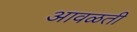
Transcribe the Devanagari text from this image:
आवळती